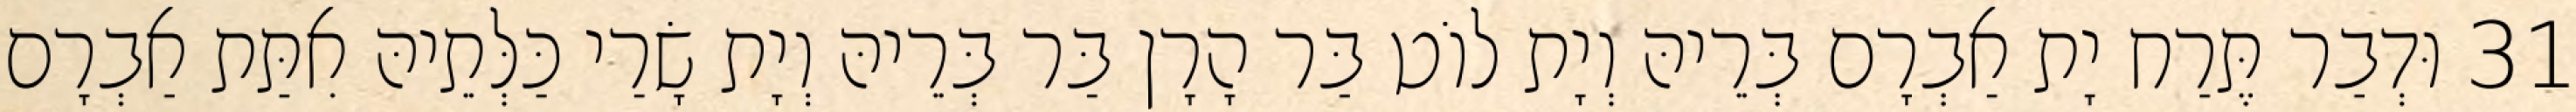
31 וּדְבַר תֶּרַח יָת אַבְרָם בְּרֵיהּ וְיָת לוֹט בַּר הָרָן בַּר בְּרֵיהּ וְיָת שָׂרַי כַּלְּתֵיהּ אִתַּת אַבְרָם